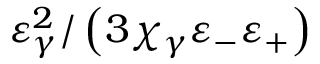
\varepsilon _ { \gamma } ^ { 2 } / \left( 3 \chi _ { \gamma } \varepsilon _ { - } \varepsilon _ { + } \right)